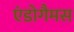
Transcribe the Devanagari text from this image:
एंडोगैमस